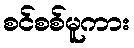
စင်စစ်မူကား